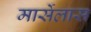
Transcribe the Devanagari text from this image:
मार्सेलास